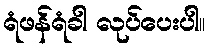
ရံဖန်ရံခါ လုပ်ပေးပါ။